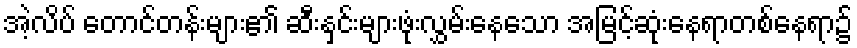
အဲ့လိပ် တောင်တန်းများ၏ ဆီးနှင်းများဖုံးလွှမ်းနေသော အမြင့်ဆုံးနေရာတစ်နေရာ၌